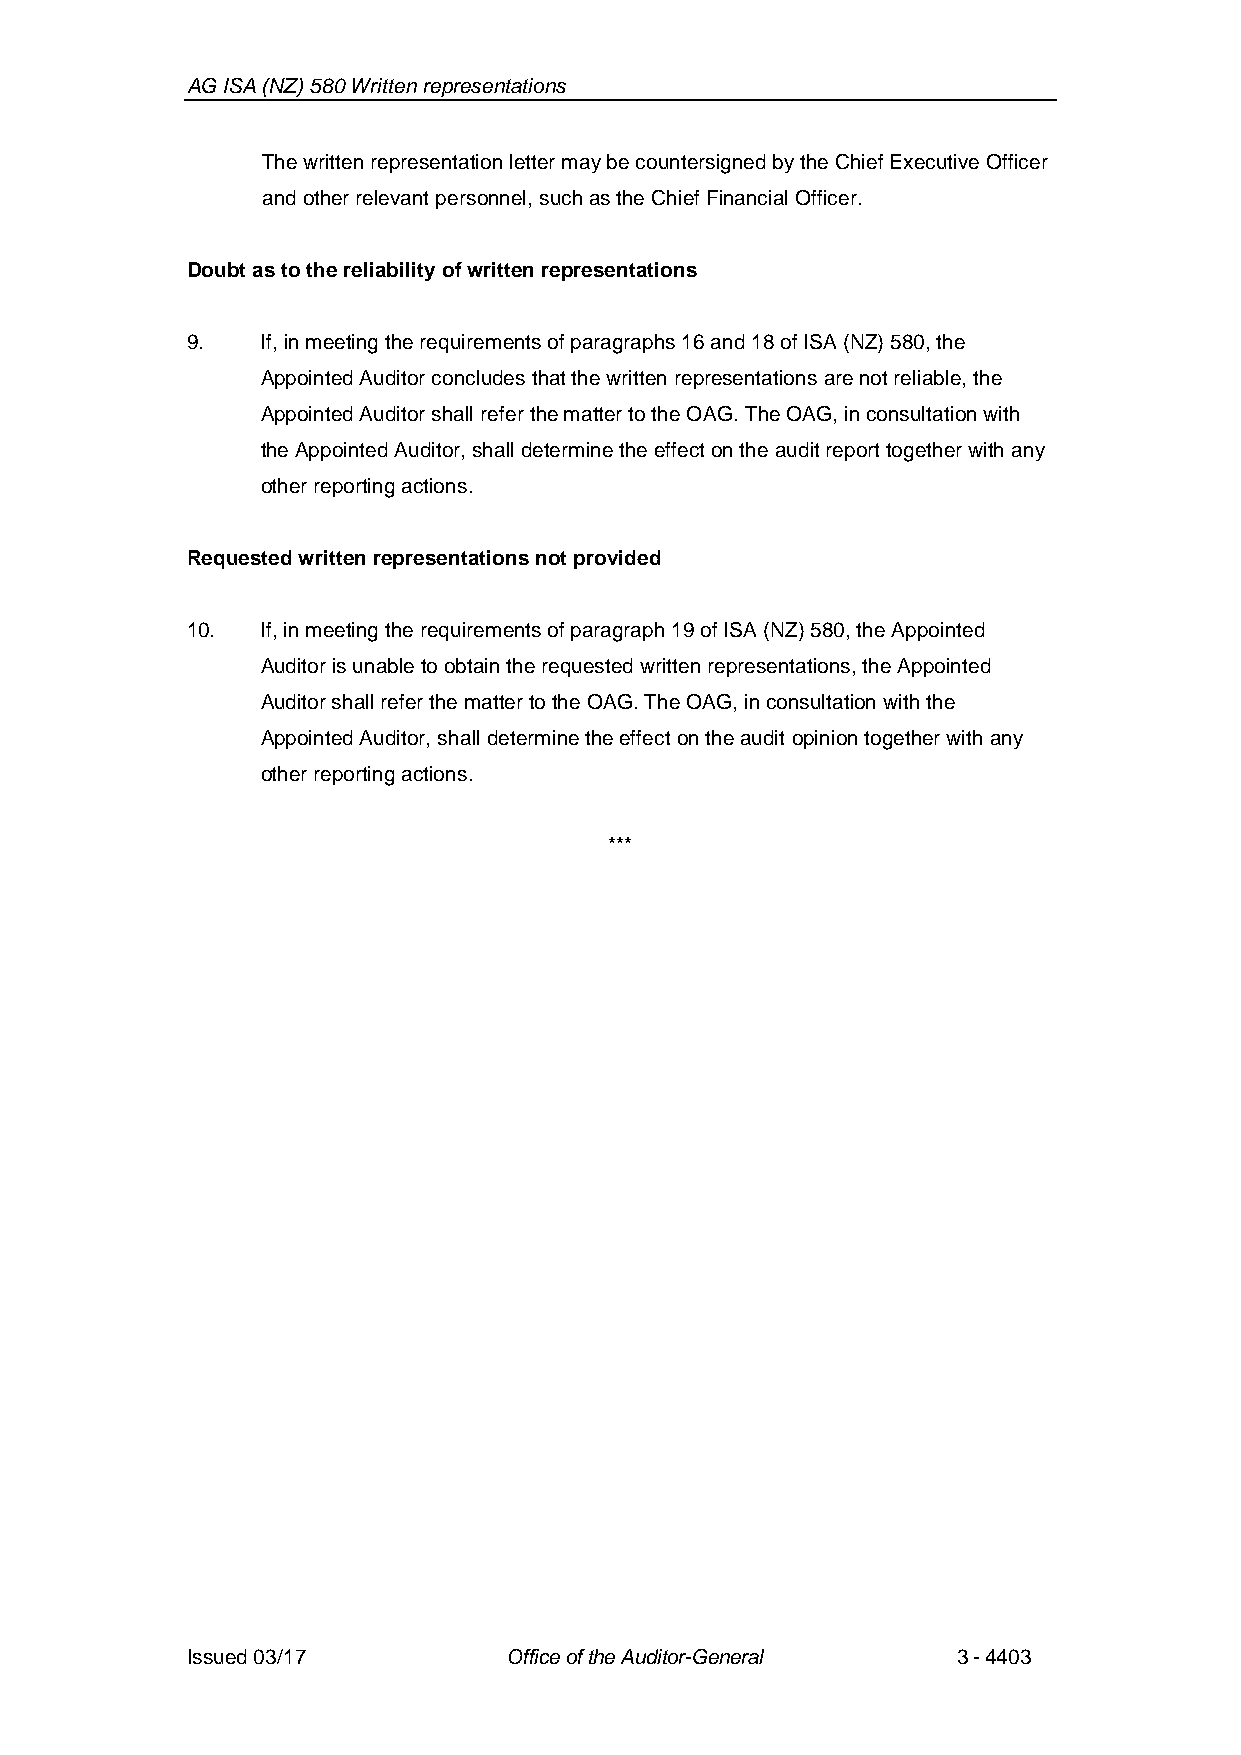
AG ISA (NZ) 580 Written representations
 The written representation letter may be countersigned by the Chief Executive Officer
 and other relevant personnel,such as the Chief Financial Officer.
 Doubt as to the reliability of written representations
 9.   If,in meeting the requirements of paragraphs 16 and 18of ISA (NZ) 580, the
 Appointed Auditor concludes that the written representations are not reliable, the
 Appointed Auditor shall refer the matter to the OAG. The OAG, in consultation with
 the Appointed Auditor, shalldetermine the effect on the audit report together with any
 other reporting actions.
 Requestedwritten representations not provided
 10.  If, in meeting the requirements of paragraph 19 of ISA(NZ) 580, the Appointed
 Auditor is unable to obtain the requested written representations, the Appointed
 Auditor shall refer the matter to the OAG. The OAG, in consultation with the
 Appointed Auditor, shall determine the effecton the audit opiniontogether with any
 other reporting actions.
 ***
 Issued 03/17         Office of the Auditor-General 3-4403